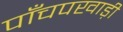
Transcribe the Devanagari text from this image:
पाँचपखाड़ी